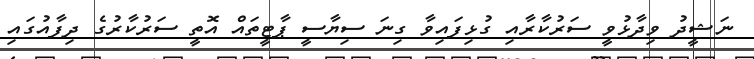
ނަޝީދު ވިދާޅުވީ ސަރުކާރާއި ގުޅިފައިވާ ގިނަ ސިޔާސީ ޕާޓީތައް އޮތީ ސަރުކާރުގެ ދިފާއުގައި